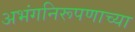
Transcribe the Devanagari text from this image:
अभंगनिरूपणाच्या